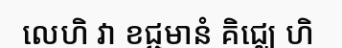
លេហិ វា ខជ្ជមានំ គិជ្ឈេ ហិ